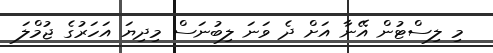
މި ލިސްޓުން އޭނާ އަށް ދެ ވަނަ ލިބުނަސް މިދިޔަ އަހަރުގެ ޖުމްލަ